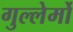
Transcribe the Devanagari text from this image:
गुल्लेर्मो